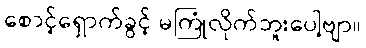
စောင့်ရှောက်ခွင့် မကြုံလိုက်ဘူးပေါ့ဗျာ။